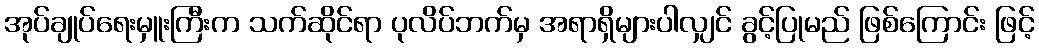
အုပ်ချုပ်ရေးမှူးကြီးက သက်ဆိုင်ရာ ပုလိပ်ဘက်မှ အရာရှိများပါလျှင် ခွင့်ပြုမည် ဖြစ်ကြောင်း ဖြင့်